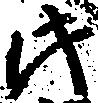
此